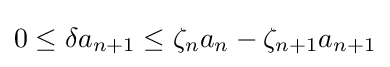
0\leq \delta a_{n+1}\leq \zeta _{n}a_{n}-\zeta _{n+1}a_{n+1}